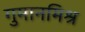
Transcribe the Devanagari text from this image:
गुमानमिश्र